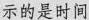
示的是时间